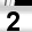
Digit: 2